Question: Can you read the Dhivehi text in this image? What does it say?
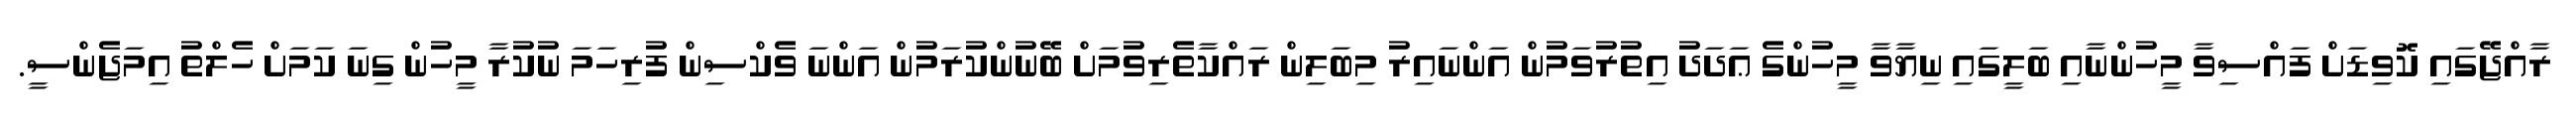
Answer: ރާއްޖޭގައި ކޮވިޑަށް ފައްސިވާ މީހުންނާއި ބަލީގައި ނިޔާވާ މީހުންގެ ޢަދަދު އިތުރުވަމުން އަންނައިރު މިބަލިން ރައްކާތެރިވުމަށް ބޭނުންކުރަމުން އަންނަ ވެކްސިން ފުރިހަމަ ނުކުރާ މީހުން ގިނަ ކަމަށް ހެލްތު އިމަޖެންސީ.